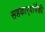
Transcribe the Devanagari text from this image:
सहकार्‍यांपैकी